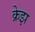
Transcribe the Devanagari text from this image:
क्रेझ